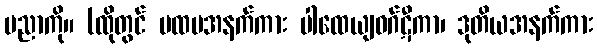
ပညာကို။ (ထိုတွင် ပထမအနက်ကား ပါထေယျဝဂ်ဋီကာ၊ ဒုတိယအနက်ကား